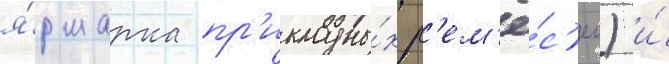
я́рмарка пр'икладны́х р'ем'ё́с'ел) и́